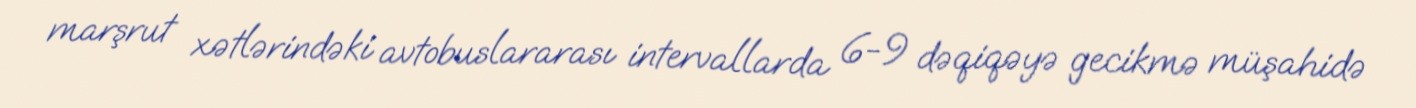
marşrut xətlərindəki avtobuslararası intervallarda 6-9 dəqiqəyə gecikmə müşahidə